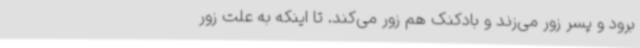
برود و پسر زور می‌زند و بادکنک هم زور می‌کند. تا اینکه به علت زور